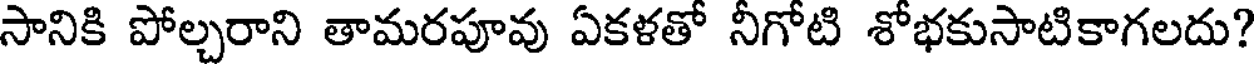
సానికి పోల్చరాని తామరపూవు ఏకళతో నీగోటి శోభకుసాటికాగలదు?